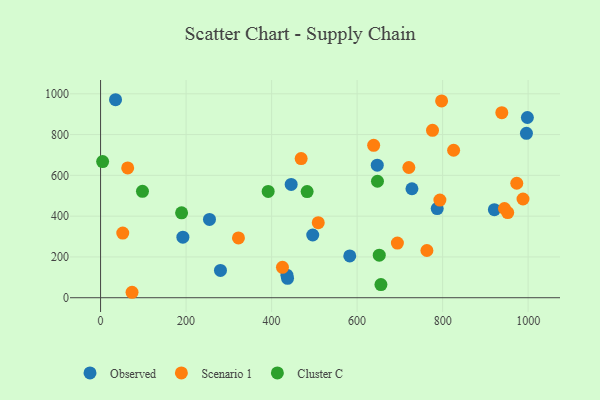
{"axis": {"x": "Speed", "y": "Rating"}, "legend": ["Cluster C", "Observed", "Scenario 1"], "data": [{"x": "192.5", "y": 296.9, "type": "Observed"}, {"x": "582.8", "y": 205.0, "type": "Observed"}, {"x": "921.0", "y": 431.8, "type": "Observed"}, {"x": "728.2", "y": 534.5, "type": "Observed"}, {"x": "437.3", "y": 95.3, "type": "Observed"}, {"x": "647.1", "y": 650.2, "type": "Observed"}, {"x": "435.8", "y": 110.6, "type": "Observed"}, {"x": "996.0", "y": 806.3, "type": "Observed"}, {"x": "496.2", "y": 307.7, "type": "Observed"}, {"x": "445.8", "y": 555.7, "type": "Observed"}, {"x": "787.3", "y": 437.1, "type": "Observed"}, {"x": "998.2", "y": 883.8, "type": "Observed"}, {"x": "35.0", "y": 971.0, "type": "Observed"}, {"x": "280.4", "y": 133.7, "type": "Observed"}, {"x": "254.7", "y": 384.0, "type": "Observed"}, {"x": "322.5", "y": 293.2, "type": "Scenario 1"}, {"x": "63.4", "y": 636.5, "type": "Scenario 1"}, {"x": "988.0", "y": 484.1, "type": "Scenario 1"}, {"x": "952.2", "y": 417.6, "type": "Scenario 1"}, {"x": "425.4", "y": 149.3, "type": "Scenario 1"}, {"x": "944.6", "y": 437.5, "type": "Scenario 1"}, {"x": "825.7", "y": 723.3, "type": "Scenario 1"}, {"x": "763.2", "y": 231.6, "type": "Scenario 1"}, {"x": "469.1", "y": 682.4, "type": "Scenario 1"}, {"x": "938.4", "y": 907.4, "type": "Scenario 1"}, {"x": "73.6", "y": 26.7, "type": "Scenario 1"}, {"x": "638.7", "y": 747.4, "type": "Scenario 1"}, {"x": "776.3", "y": 821.0, "type": "Scenario 1"}, {"x": "793.6", "y": 479.1, "type": "Scenario 1"}, {"x": "973.4", "y": 561.5, "type": "Scenario 1"}, {"x": "509.1", "y": 368.2, "type": "Scenario 1"}, {"x": "51.9", "y": 317.2, "type": "Scenario 1"}, {"x": "694.2", "y": 268.1, "type": "Scenario 1"}, {"x": "797.6", "y": 965.2, "type": "Scenario 1"}, {"x": "721.0", "y": 638.6, "type": "Scenario 1"}, {"x": "655.7", "y": 64.6, "type": "Cluster C"}, {"x": "189.5", "y": 416.1, "type": "Cluster C"}, {"x": "4.8", "y": 667.6, "type": "Cluster C"}, {"x": "647.6", "y": 571.3, "type": "Cluster C"}, {"x": "98.0", "y": 522.0, "type": "Cluster C"}, {"x": "483.1", "y": 520.7, "type": "Cluster C"}, {"x": "651.8", "y": 208.7, "type": "Cluster C"}, {"x": "392.0", "y": 521.1, "type": "Cluster C"}]}